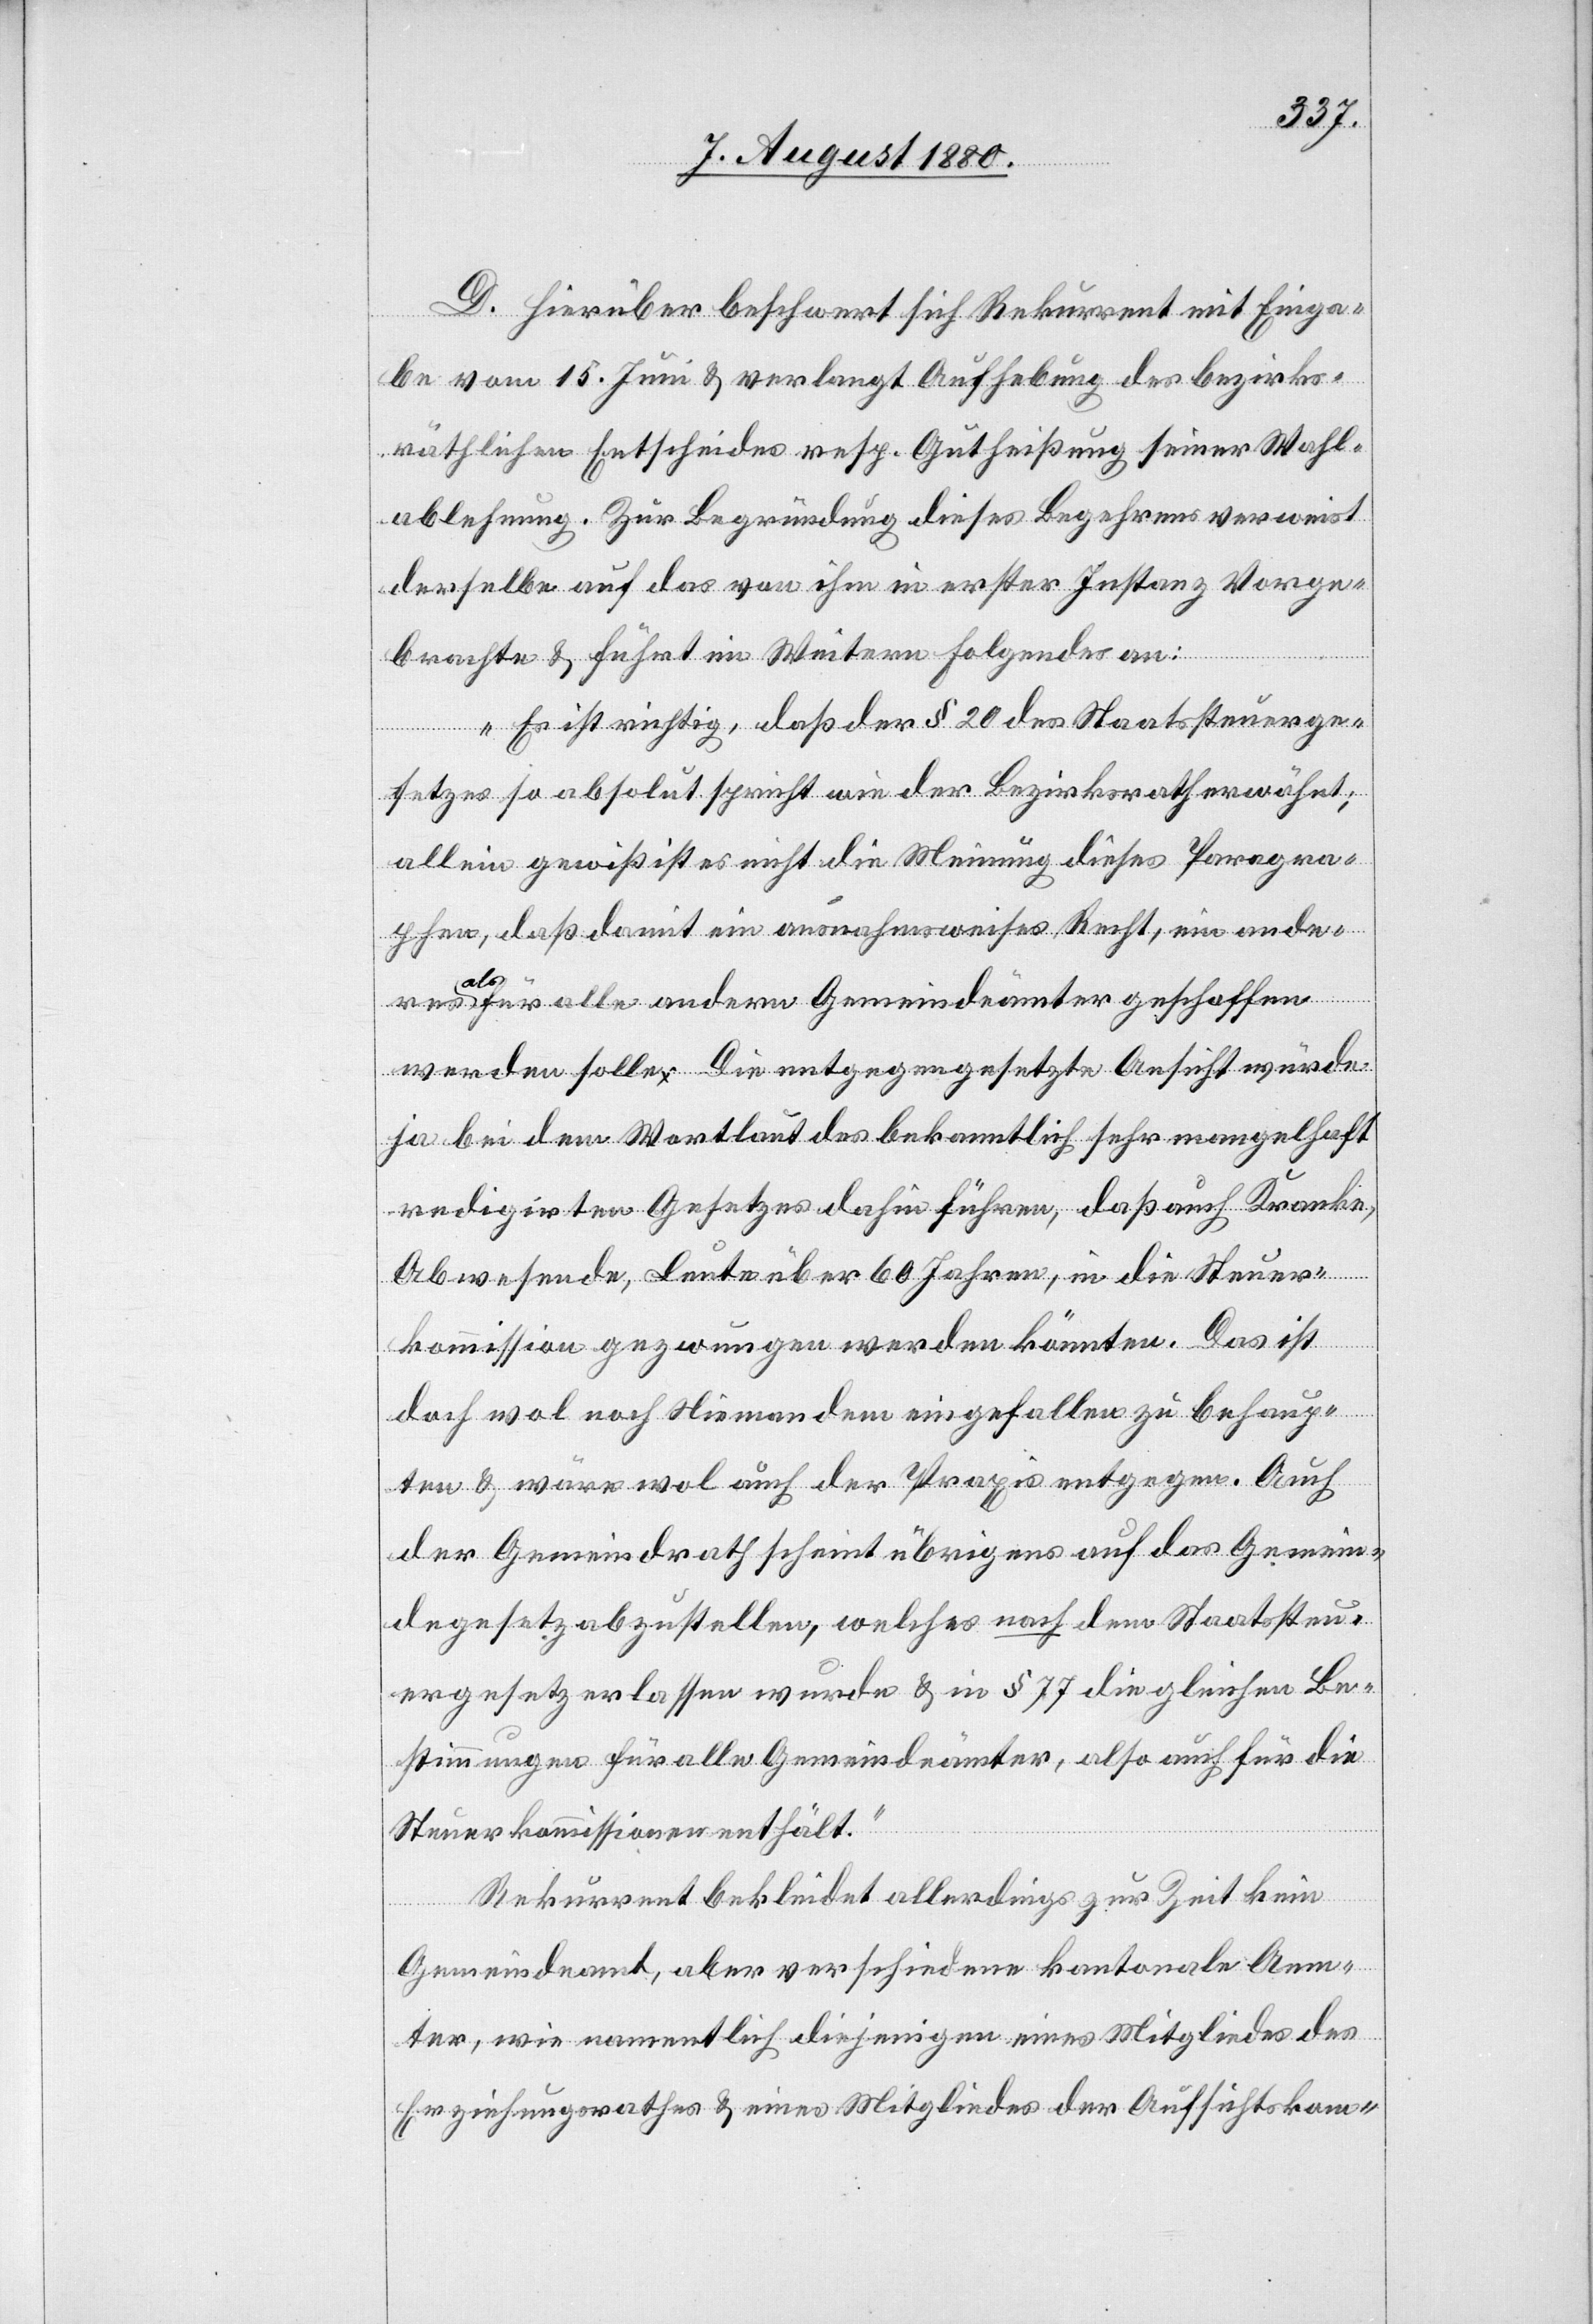
D. Hierüber beschwert sich Rekurrent mit Einga¬
be vom 15. Juni & verlangt Aufhebung des bezirks¬
räthlichen Entscheides resp. Gutheißung seiner Wahl¬
ablehnung. Zur Begründung dieses Begehrens verweist
derselbe auf das von ihm in erster Instanz Vorge¬
brachte & führt im Weitern Folgendes an:
„Es ist richtig, daß der § 20 des Staatsteuerge¬
setzes so absolut spricht wie der Bezirksrath erwähnt;
allein gewiß ist es nicht die Meinung dieses Paragra¬
phen, daß damit ein ausnahmsweises Recht, ein anderes
als
für alle andern Gemeindeämter geschaffen
werden solle. Die entgegengesetzte Ansicht würde
ja bei dem Wortlaut des bekanntlich sehr mangelhaft
redigirten Gesetztes dahin führen, daß auch Kranke,
Abwesende, Leute über 60 Jahren, in die Steuer¬
kommission gezwungen werden könnten. Das ist
doch wol noch Niemandem eingefallen zu behaup¬
ten & wäre wol auch der Praxis entgegen. Auch
der Gemeindrath scheint übrigens auf das Gemein¬
degesetz abzustellen, welches nach dem Staatssteu¬
ergesetz erlassen wurde & in § 77 die gleichen Be¬
stimmungen für alle Gemeindeämter, also auch für die
Steuerkommissionen enthält.“
Rekurrent bekleidet allerdings zur Zeit kein
Gemeindeamt, aber verschiedene kantonale Aem¬
ter, wie namentlich diejenigen eines Mitgliedes des
Erziehungsrathes & eines Mitgliedes der Aufsichtskom-